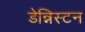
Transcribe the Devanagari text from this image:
डेन्निस्टन